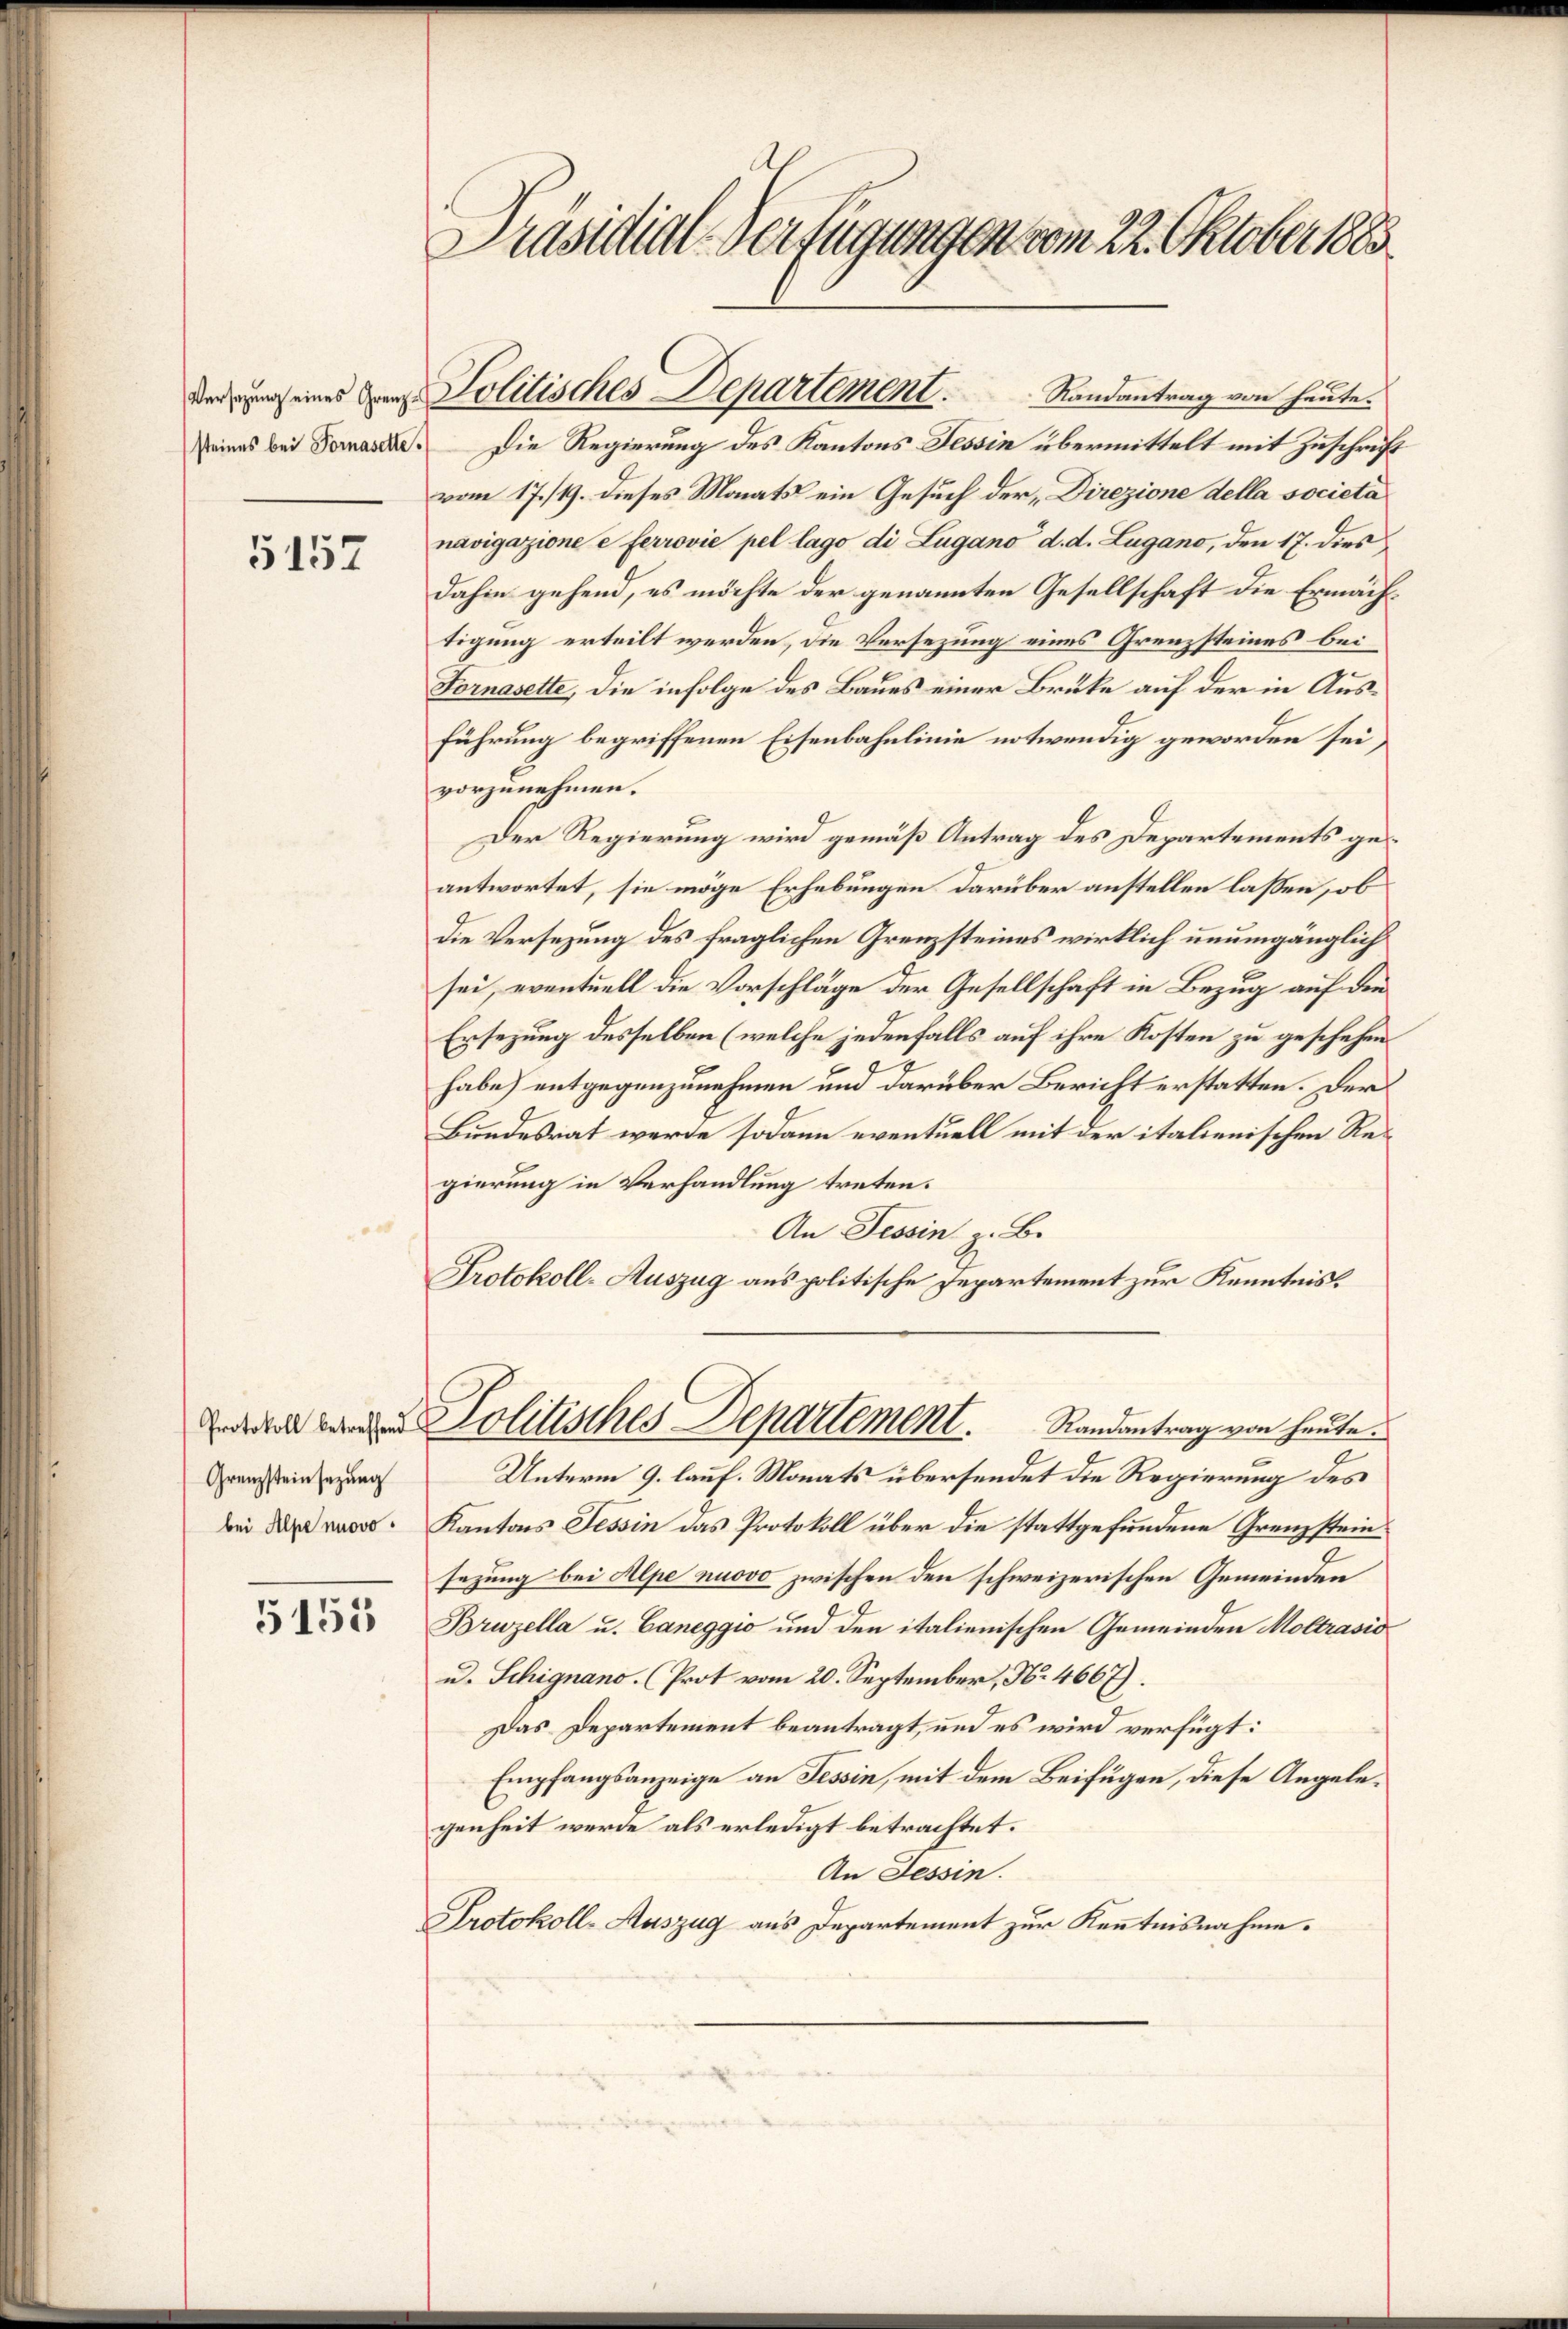
Versatzung eines Grenzsteines bei Fornasette.

5157

Protokoll betreffend
Grenzsteinsezung

5155

Präsidial-Verfügungen vom 22. Oktober 1883

Politisches Departement. Randantrag von heute.

Die Regierung des Kantons Tessin übermittelt mit Zuschrift
vom 17./19. dieses Monats ein Gesuch der Direzione della societa
navigazione e ferrovie pel lago di Lugano d. d. Lugano, den 17. dies
dahin gehend, es möchte der genannten Gesellschaft die Ermächtigung erteilt werden, die Versezung eines Grenzsteines bei¬
Fornasette, die infolge des Baues einer Brüke auf der in Ausführung begriffenen Eisenbahnlinie notwendig geworden sei,
vorzunehmen.
Der Regierung wird gemäß Antrag des Departements geantwortet, sie möge Erhebungen darüber anstellen lassen, ob
die Versezung des fraglichen Grenzsteines wirklich unumgänglich
sei, eventuell die Vorschläge der Gesellschaft in Bezug auf den
Ersezung desselben (welche jedenfalls auf ihre Kosten zu geschehen.
habe) entgegenzunehmen und darüber Bericht erstatten. Der
Bundesrat werde sodann eventuell mit der italienischen Regierung in Verhandlung treten.
An Tessin z. B.
Protokoll-Auszug aus politische Departement zur Kenntnis.
Politisches Departement. Randantrag von heute.
Unterm 9. lauf. Monats übersendet die Regierung des
. Kantons Tessin das Protokoll über die stattgefundene Grenzsteinsezung bei Alpe nuovo zwischen den schweizerischen Gemeinden
Bruzella u. Caneggio und den italienischen Gemeinden Moltrasio
u. Schignano. (Prot vom 20. September, No. 4667).
Das Departement beantragt, und es wird verfügt:
Empfangsanzeige an Tessin, mit dem Beifügen, diese Angelegenheit werde als erledigt betrachtet.
An Tessin.
Protokoll-Auszug aus Departement zur Kenntnisnahme.